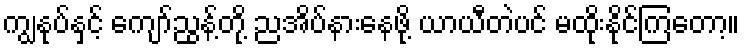
ကျွနုပ်နှင့် ကျော်ညွန့်တို့ ညအိပ်နားနေဖို့ ယာယီတဲပင် မထိုးနိုင်ကြတော့။